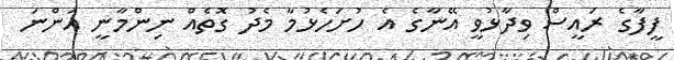
ފީފާގެ ރައީސް ވިދާޅުވީ އޭނާގެ އެ ހުށަހެޅުމާ މެދު ގޮތެއް ނިންމާނީ އަންނަ